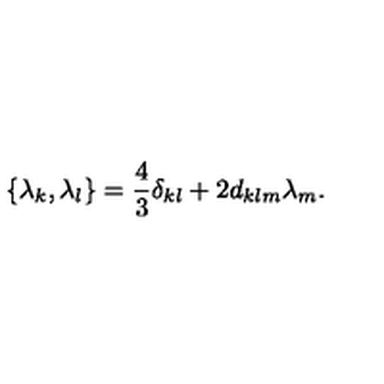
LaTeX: \{ { \lambda } _ { k } , { \lambda } _ { l } \} = \frac { 4 } { 3 } { \delta } _ { k l } + 2 d _ { k l m } { \lambda } _ { m } .